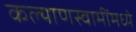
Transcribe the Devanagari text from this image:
कल्याणस्वामींमध्ये